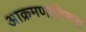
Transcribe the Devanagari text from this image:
आक्रमणाविरुद्ध